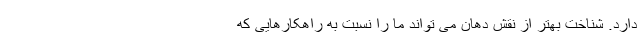
دارد. شناخت بهتر از نقش دهان می تواند ما را نسبت به راهکارهایی که